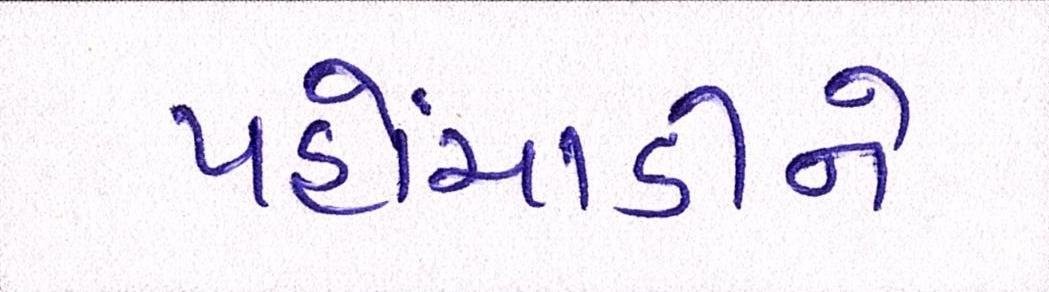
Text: પહોંચાડીને